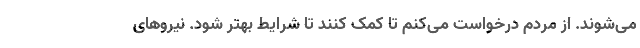
می‌شوند. از مردم درخواست می‌کنم تا کمک کنند تا شرایط بهتر شود. نیروهای